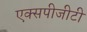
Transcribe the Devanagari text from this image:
एक्सपीजीटी